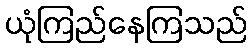
ယုံကြည်နေကြသည်